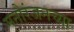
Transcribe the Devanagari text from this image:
मनोरंजनच्या